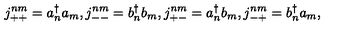
j _ { + + } ^ { n m } = a _ { n } ^ { \dagger } a _ { m } , j _ { -- } ^ { n m } = b _ { n } ^ { \dagger } b _ { m } , j _ { + - } ^ { n m } = a _ { n } ^ { \dagger } b _ { m } , j _ { - + } ^ { n m } = b _ { n } ^ { \dagger } a _ { m } ,